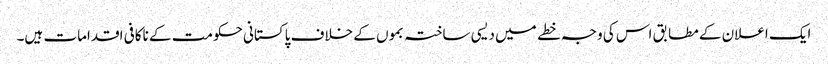
ایک اعلان کے مطابق اس کی وجہ خطے میں دیسی ساختہ بموں کے خلاف پاکستانی حکومت کے ناکافی اقدامات ہیں۔